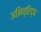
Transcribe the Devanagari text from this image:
अभिव्रिद्ध